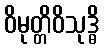
ဝိမုတ္တိဝိသုဒ္ဓိ